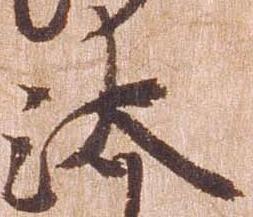
汰